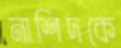
নাশিদকে